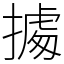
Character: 㩀